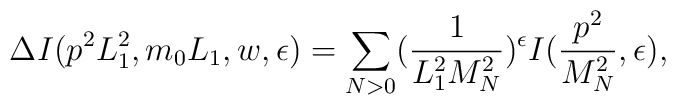
\Delta I(p^{2}L_{1}^{2},m_{0}L_{1},w,\epsilon) = \sum_{N>0}(\frac{1}{L_{1}^{2}M_{N}^{2}})^{\epsilon}I(\frac{p^{2}}{M_{N}^{2}},\epsilon ),